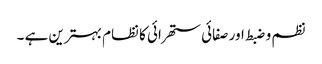
نظم و ضبط اور صفائی ستھرائی کا نظام بہترین ہے ۔